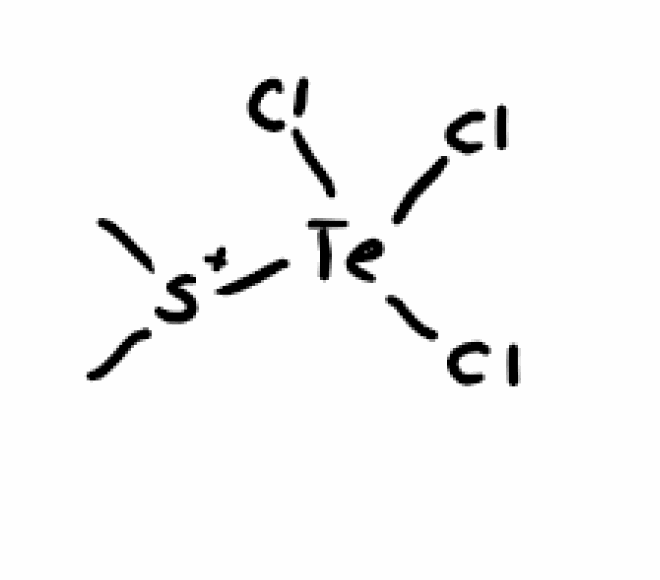
Simplified molecular-input line-entry system (SMILES) notation of the given molecule:
C[S+](C)[Te](Cl)(Cl)Cl